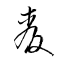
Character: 麥